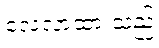
လေ့လာထားသည့်